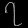
Digit: ၇